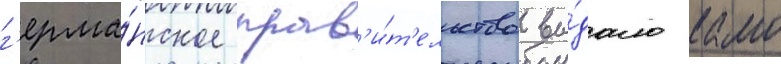
г'ерма́нское прав'и́т'ельство вы́дало камо